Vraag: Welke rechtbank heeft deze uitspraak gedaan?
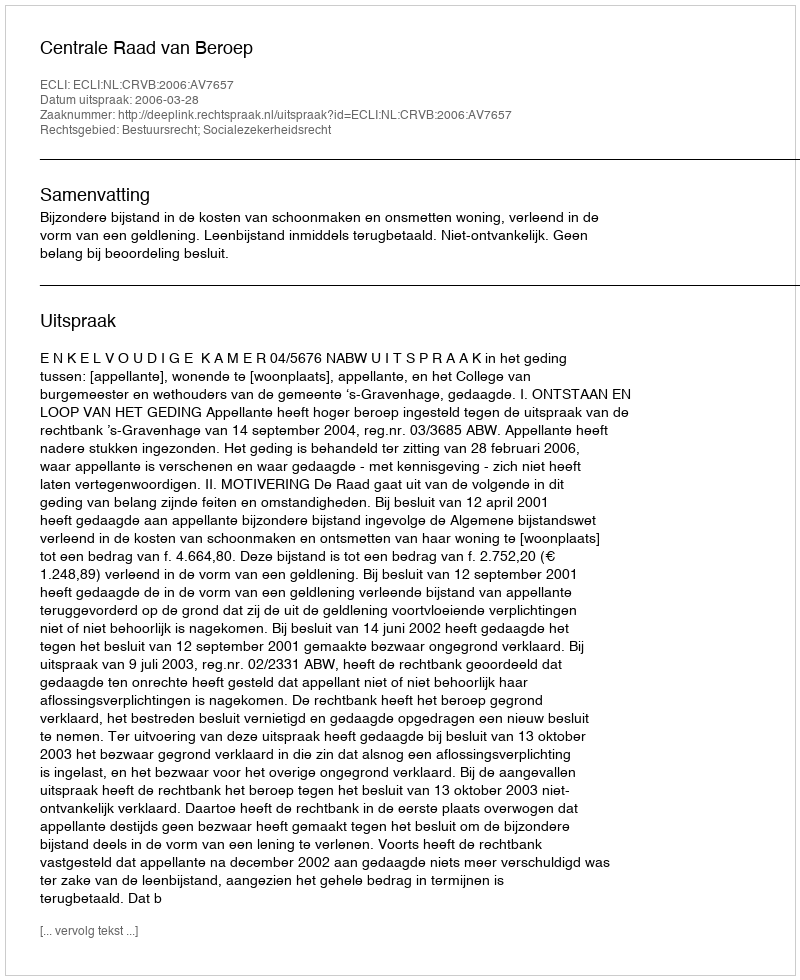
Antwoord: Centrale Raad van Beroep